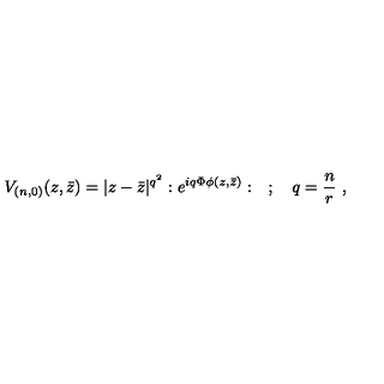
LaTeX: V _ { ( n , 0 ) } ( z , \bar { z } ) = | z - \bar { z } | ^ { q ^ { 2 } } : e ^ { i q \Phi \phi ( z , \bar { z } ) } : \quad ; \quad q = \frac { n } { r } \ ,